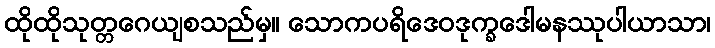
ထိုထိုသုတ္တဂေယျစသည်မှ။ သောကပရိဒေဝဒုက္ခဒေါမနဿုပါယာသာ၊